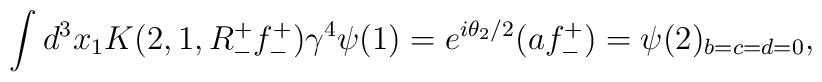
\int d^{3} x_{1} K(2,1,R_{-}^{+} f_{-}^{+}) \gamma^{4} \psi(1) =  e^{i \theta_{2} / 2} (a f_{-}^{+}) = \psi(2)_{b=c=d=0} ,